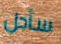
سأحل